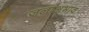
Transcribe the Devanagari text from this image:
जलाअभाव